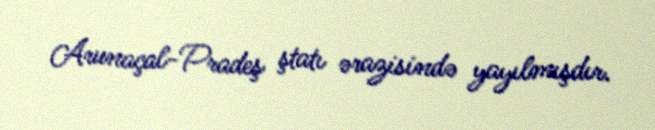
Arunaçal-Pradeş ştatı ərazisində yayılmışdır.